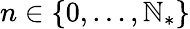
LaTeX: n\in\{ 0,\ldots,\mathbb{N}_{*}\}